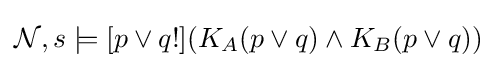
{\mathcal {N}},s\models [p\vee q!](K_{A}(p\vee q)\land K_{B}(p\vee q))